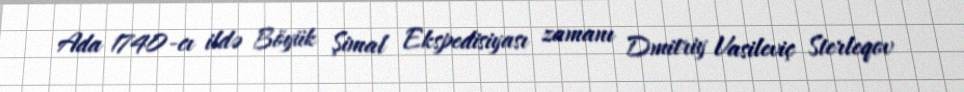
Ada 1740-cı ildə Böyük Şimal Ekspedisiyası zamanı Dmitriy Vasileviç Sterleqov